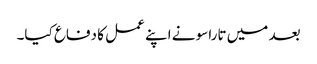
بعد میں تاراسو نے اپنے عمل کا دفاع کیا۔